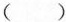
（ ）